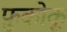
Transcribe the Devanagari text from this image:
फ़ुकोकू